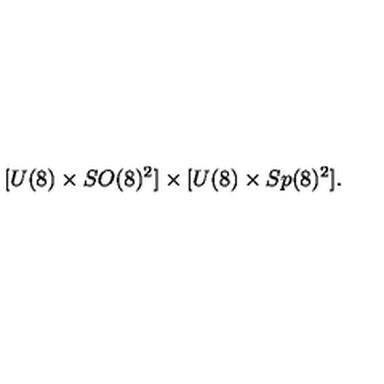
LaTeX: [ U ( 8 ) \times S O ( 8 ) ^ { 2 } ] \times [ U ( 8 ) \times S p ( 8 ) ^ { 2 } ] .